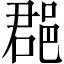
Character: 𨛦